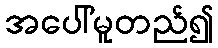
အပေါ်မူတည်၍